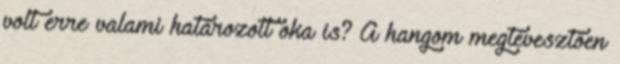
volt erre valami határozott oka is? A hangom megtévesztően